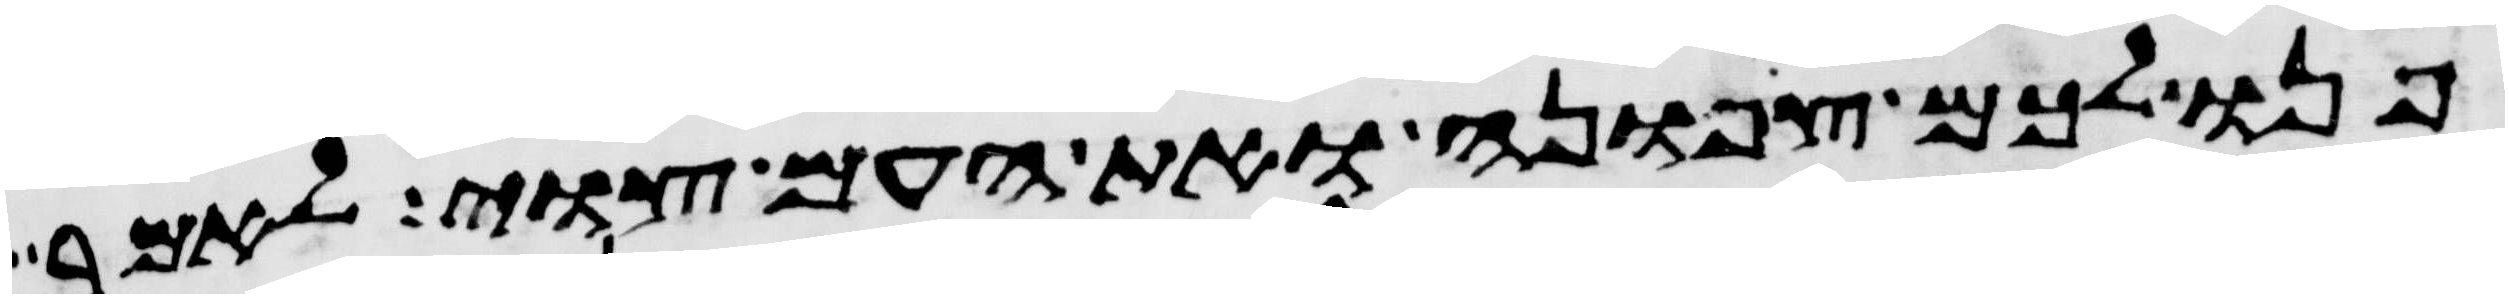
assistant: פנו לכם צפונה ואת העם צוי לאמר